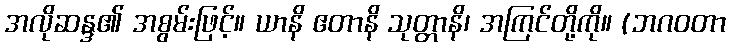
အလိုဆန္ဒ၏ အစွမ်းဖြင့်။ ယာနိ ဧတာနိ သုတ္တာနိ၊ အကြင်တို့ကို။ (ဘဂဝတာ